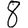
Digit: 8